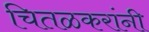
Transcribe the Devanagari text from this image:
चितळकरांनी